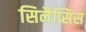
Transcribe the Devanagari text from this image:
सिनैप्सिस